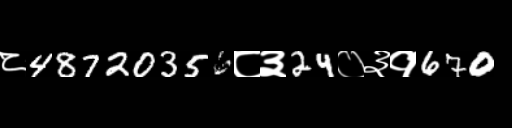
Text: ८48720356८३24०३१670